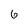
Character: 6